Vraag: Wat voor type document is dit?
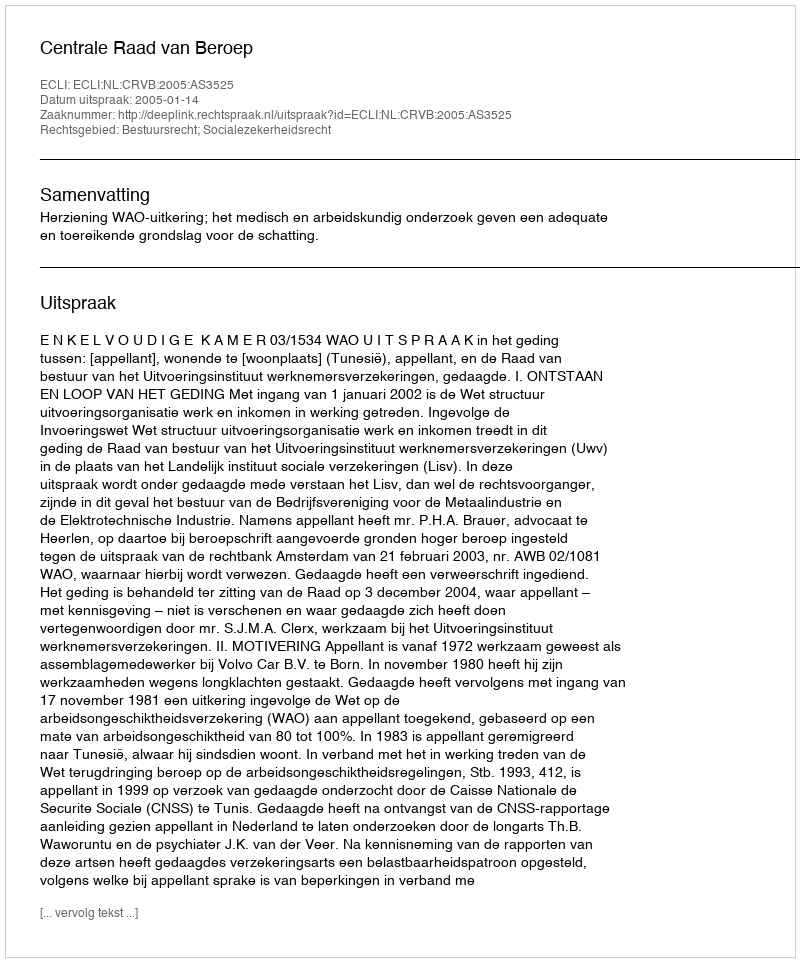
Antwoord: Uitspraak